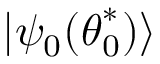
| \psi _ { 0 } ( \boldsymbol { \theta } _ { 0 } ^ { * } ) \rangle